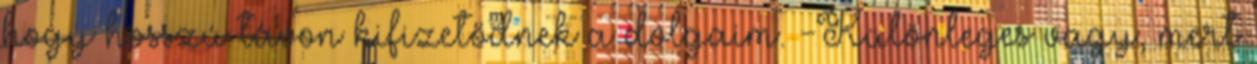
hogy hosszú távon kifizetődnek a dolgaim. -Különleges vagy, mert